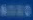
Transcribe